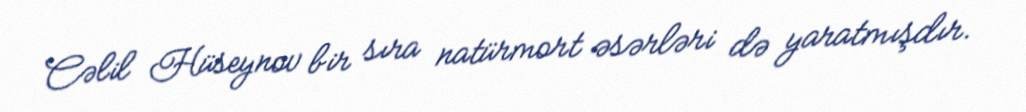
Cəlil Hüseynov bir sıra natürmort əsərləri də yaratmışdır.